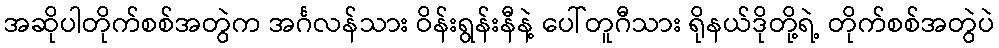
အဆိုပါတိုက်စစ်အတွဲက အင်္ဂလန်သား ဝိန်းရွန်းနီနဲ့ ပေါ်တူဂီသား ရိုနယ်ဒိုတို့ရဲ့ တိုက်စစ်အတွဲပဲ